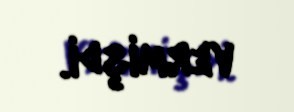
vermişdi.